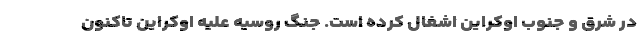
در شرق و جنوب اوکراین اشغال کرده است. جنگ روسیه علیه اوکراین تاکنون